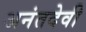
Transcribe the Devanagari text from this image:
अनंतदेवी